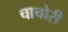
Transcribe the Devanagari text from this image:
चाचोरी